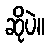
ဆိုပဲ။